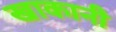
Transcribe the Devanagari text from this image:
खाकानी